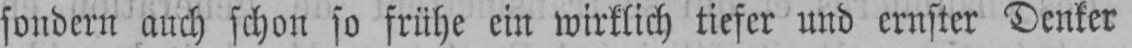
sondern auch schon so frühe ein wirklich tiefer und ernster Denker